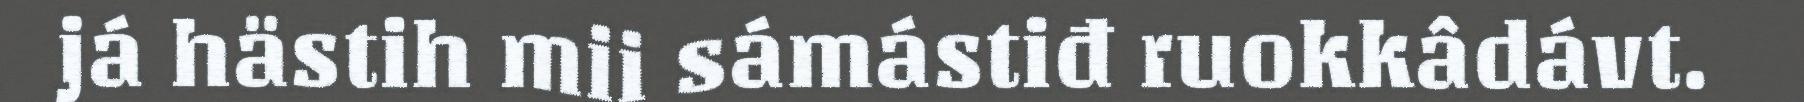
já hästih mii sámástiđ ruokkâdávt.